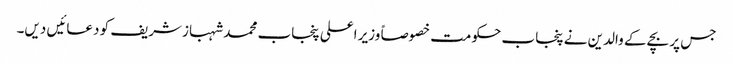
جس پر بچے کے والدین نے پنجاب حکومت خصوصاً وزیر اعلی پنجاب محمد شہبازشریف کو دعائیں دیں۔